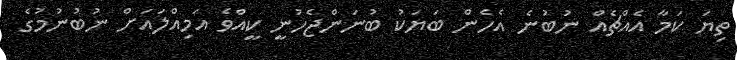
ތިޔަ ކަމާ އެއްޗެއް ނުބުނެ އެހެން ބަޔަކު ބުނަންޖެހުނީ ކީއްވެ އަމިއްލައަށް ނުބުނުމުގެ